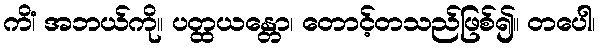
ကိံ၊ အဘယ်ကို။ ပတ္ထယန္တော၊ တောင့်တသည်ဖြစ်၍။ တပေါ၊